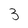
Character: 3